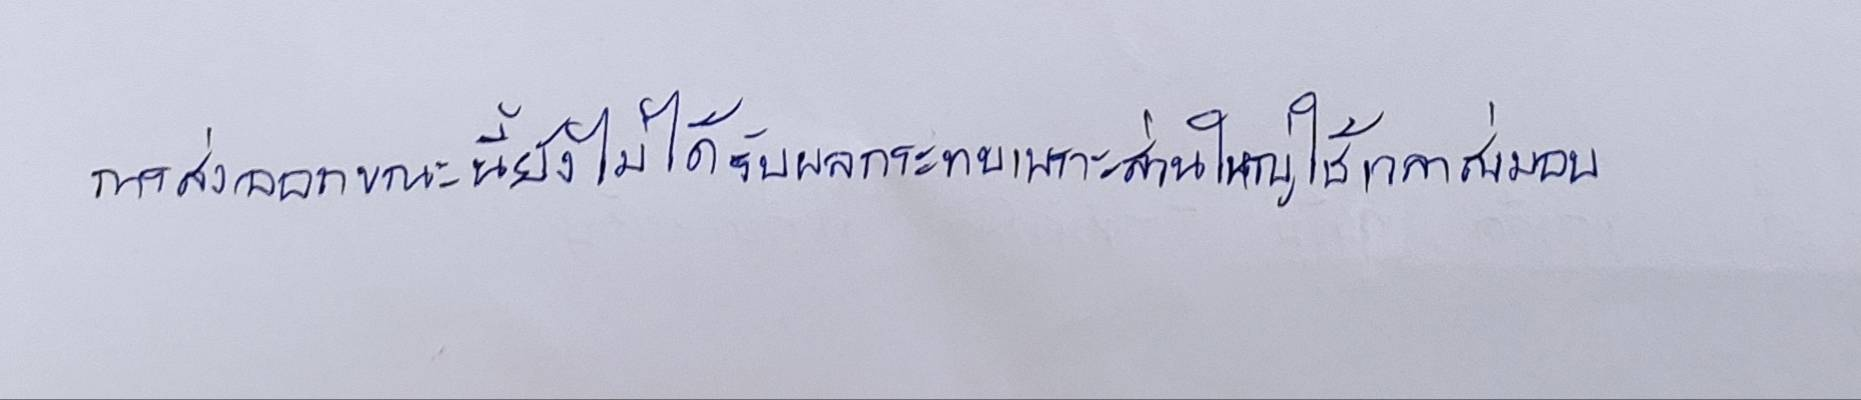
การส่งออกขณะนี้ยังไม่ได้รับผลกระทบเพราะส่วนใหญ่ใช้เวลาส่งมอบ